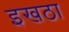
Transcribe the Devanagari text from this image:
इखठा